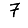
Digit: 7